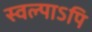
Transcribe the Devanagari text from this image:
स्वल्पाऽपि